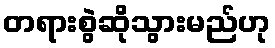
တရားစွဲဆိုသွားမည်ဟု